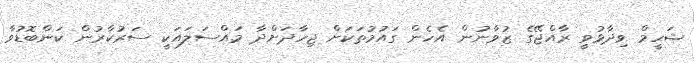
ޝަހީމް ވިދާޅުވީ ރާއްޖޭގެ ޒުވާނުން އެހެން ގައުމުތަކަށް ޖިހާދަށްދާ މައްސަލައަކީ ސަރުކާރުން ކަންބޮޑުވާ